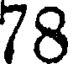
78